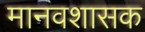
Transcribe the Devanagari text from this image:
मानवशासक